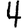
Digit: 4